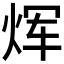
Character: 𪸩